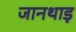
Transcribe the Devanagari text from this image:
जानथाड़